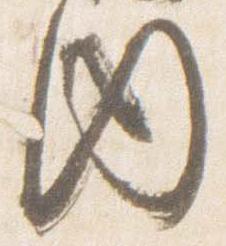
内